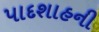
પાદશાહની